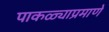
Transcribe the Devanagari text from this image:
पाकळ्याप्रमाणे